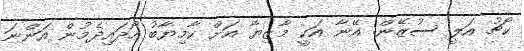
ކޯޗު އަލީ ސުޒޭން: އޭނާ އަކީ މާޒިޔާ އަށް ކާމިޔާބު ހޯދައިދެމުން އަންނަ